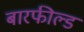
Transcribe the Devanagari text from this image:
बारफील्ड